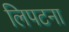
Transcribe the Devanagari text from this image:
लिपटना